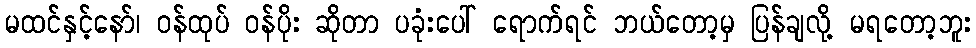
မထင်နှင့်နော်၊ ဝန်ထုပ် ဝန်ပိုး ဆိုတာ ပခုံးပေါ် ရောက်ရင် ဘယ်တော့မှ ပြန်ချလို့ မရတော့ဘူး